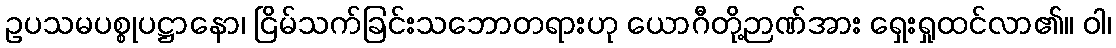
ဥပသမပစ္စုပဋ္ဌာနော၊ ငြိမ်သက်ခြင်းသဘောတရားဟု ယောဂီတို့ဉာဏ်အား ရှေးရှုထင်လာ၏။ ဝါ၊